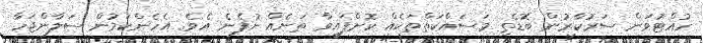
ހުއްޓުވަން ސަރުކާރުން ބޮޑެތި މަސައްކަތްތަކެއް ކޮށްފައިވާ ތަނެއް ނުފެނެ އެވެ. އެހެންކަމުން ސަލާންޖަހާ